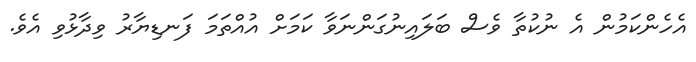
އެހެންކަމުން އެ ނުކުތާ ވެސް ބަލައިނުގަންނަވާ ކަމަށް އުއްތަމަ ފަނޑިޔާރު ވިދާޅުވި އެވެ.